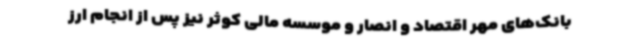
بانک‌های مهر اقتصاد و انصار و موسسه مالی کوثر نیز پس از انجام ارز